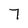
Character: 7